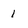
Character: 1